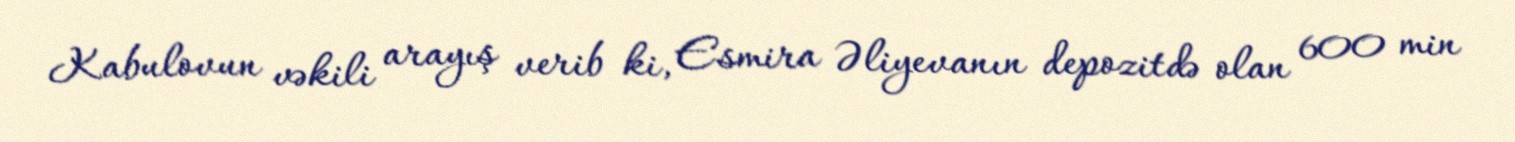
Kabulovun vəkili arayış verib ki, Esmira Əliyevanın depozitdə olan 600 min